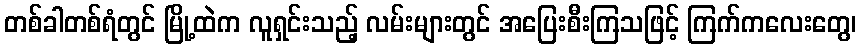
တစ်ခါတစ်ရံတွင် မြို့ထဲက လူရှင်းသည့် လမ်းများတွင် အပြေးစီးကြသဖြင့် ကြက်ကလေးတွေ၊